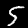
Digit: 5